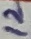
Text: 12